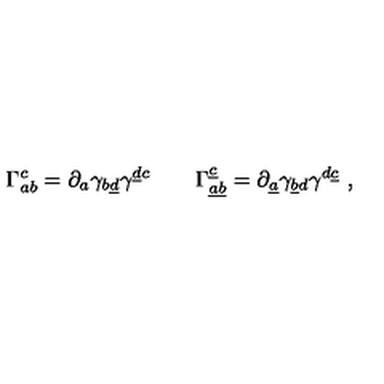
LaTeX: \Gamma _ { a b } ^ { c } = \partial _ { a } \gamma _ { b \underline { d } } \gamma ^ { \underline { d } c } \qquad \Gamma _ { \underline { a } \underline { b } } ^ { \underline { c } } = \partial _ { \underline { a } } \gamma _ { \underline { b } d } \gamma ^ { d \underline { c } } \ ,